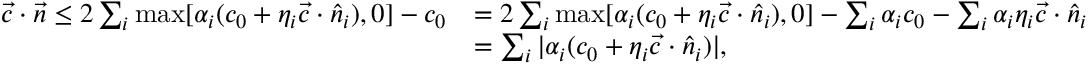
\begin{array} { r l } { \vec { c } \cdot \vec { n } \le 2 \sum _ { i } \operatorname* { m a x } [ \alpha _ { i } ( c _ { 0 } + \eta _ { i } \vec { c } \cdot \hat { n } _ { i } ) , 0 ] - c _ { 0 } } & { = 2 \sum _ { i } \operatorname* { m a x } [ \alpha _ { i } ( c _ { 0 } + \eta _ { i } \vec { c } \cdot \hat { n } _ { i } ) , 0 ] - \sum _ { i } \alpha _ { i } c _ { 0 } - \sum _ { i } \alpha _ { i } \eta _ { i } \vec { c } \cdot \hat { n } _ { i } } \\ & { = \sum _ { i } | \alpha _ { i } ( c _ { 0 } + \eta _ { i } \vec { c } \cdot \hat { n } _ { i } ) | , } \end{array}